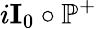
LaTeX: i\textbf{I}_{0}\circ\mathbb{P}^{+}